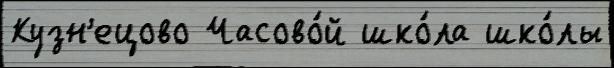
Кузн'ецово Часово́й шко́ла шко́лы